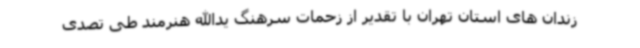
زندان های استان تهران با تقدیر از زحمات سرهنگ یدالله هنرمند طی تصدی